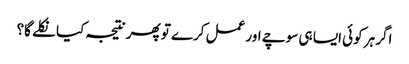
اگر ہر کوئی ایسا ہی سوچے اور عمل کرے تو پھر نتیجہ کیا نکلے گا؟